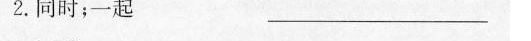
2. 同时；一起 ——